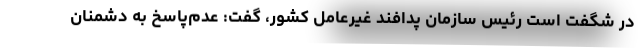
در شگفت است رئیس سازمان پدافند غیرعامل کشور، گفت: عدم‌پاسخ به دشمنان